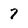
Character: 7